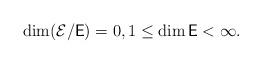
LaTeX: \begin{align*}\dim(\mathcal E/\mathsf E)=0,1\le \dim\mathsf E<\infty.\end{align*}